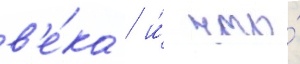
в'е́ка / и́ что́